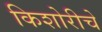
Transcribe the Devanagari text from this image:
किशोरीचे